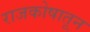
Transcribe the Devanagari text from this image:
राजकोषातून